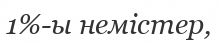
1%-ы немістер,